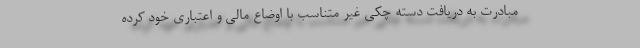
مبادرت به دریافت دسته چکی غیر متناسب با اوضاع مالی و اعتباری خود کرده